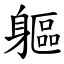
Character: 軀